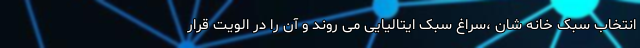
انتخاب سبک خانه شان ،سراغ سبک ایتالیایی می روند و آن را در الویت قرار